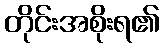
တိုင်းအစိုးရ၏